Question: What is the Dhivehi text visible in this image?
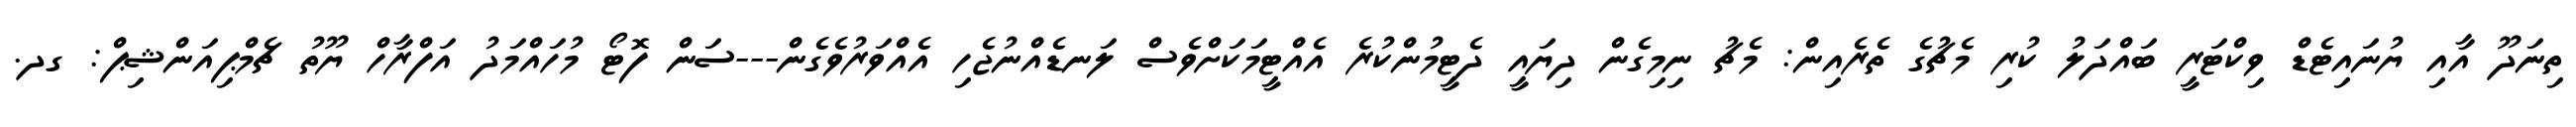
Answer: ތިނަދޫ އާއި ޔުނައިޓެޑް ވިކްޓަރީ ބައްދަލު ކުރި މެޗުގެ ތެރެއިން: މެޗު ނިމިގެން ދިޔައީ ދެޓީމުންކުރެ އެއްޓީމަކަށްވެސް ލަނޑެއްނުޖެހި އެއްވަރުވެގެން---ސަން ފޮޓޯ މުހައްމަދު އަފްރާހް ޔޫތު ޗެމްޕިއަންޝިޕް: ގދ.